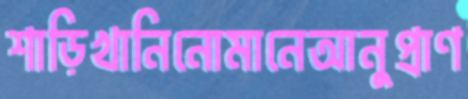
শাড়িখানিনোমানেআনুপ্রাণ